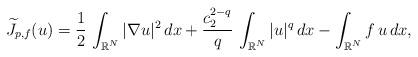
LaTeX: \begin{align*}\widetilde J_{p,f}(u)=\frac{1}{2}\, \int_{\mathbb{R}^N} |\nabla u|^2\, dx+\frac{c_2^{2-q}}{q}\, \int_{\mathbb{R}^N} |u|^{q}\, dx-\int_{\mathbb{R}^N} f\,u\, dx,\end{align*}